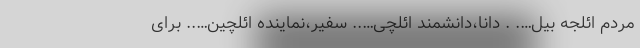
مردم ائلجه بیل…. . دانا،دانشمند ائلچی….. سفیر،نماینده ائلچین….. برای